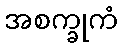
အစက္ခုကံ